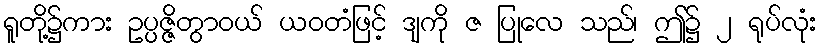
ရူတို့၌ကား ဥပ္ပဇ္ဇိတွာဝယ် ယဝတံဖြင့် ဒျကို ဇ ပြုလေ သည်၊ ဤ၌ ၂ ရုပ်လုံး